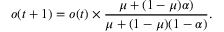
o ( t + 1 ) = o ( t ) \times \frac { \mu + ( 1 - \mu ) \alpha ) } { \mu + ( 1 - \mu ) ( 1 - \alpha ) } .